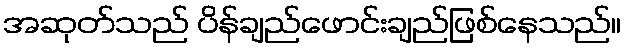
အဆုတ်သည် ပိန်ချည်ဖောင်းချည်ဖြစ်နေသည်။